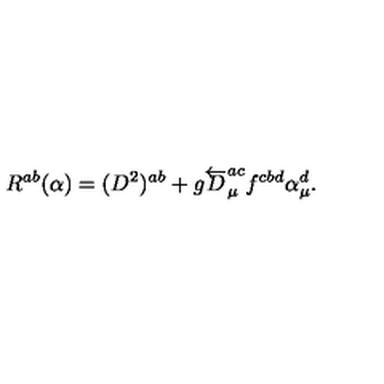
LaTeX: R ^ { a b } ( { \alpha } ) = ( D ^ { 2 } ) ^ { a b } + g \overleftarrow { D } _ { \mu } ^ { a c } f ^ { c b d } \alpha _ { \mu } ^ { d } .